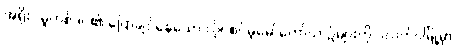
အရိုး/ မူဟစ်ဒင်၏ ပြောချင်နေသော လိုင်စင်မဲ့မော်တော်ယာဉ်များကို ပလက်ဝမြို့မှာ